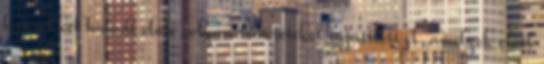
lépésekkel haladt előre, olyan ismereteket sajátított el, amelyek előtt